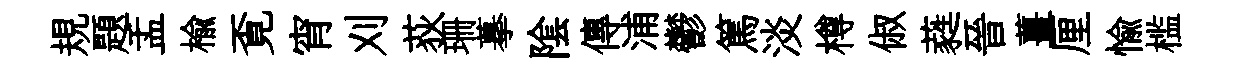
規題盂榆覔宵刈荻珊摹隂傳浦鬱篤淡樽俶蕤晉薑厘愉槛